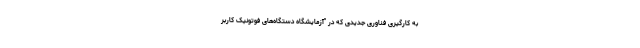
به کارگیری فناوری جدیدی که در "آزمایشگاه دستگاه‌های فوتونیک کاربر